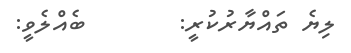
ލިޔެ ތައްޔާރުކުރީ:        ބެއްލެވީ: